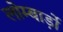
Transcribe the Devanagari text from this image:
लोम्बार्ड़ो